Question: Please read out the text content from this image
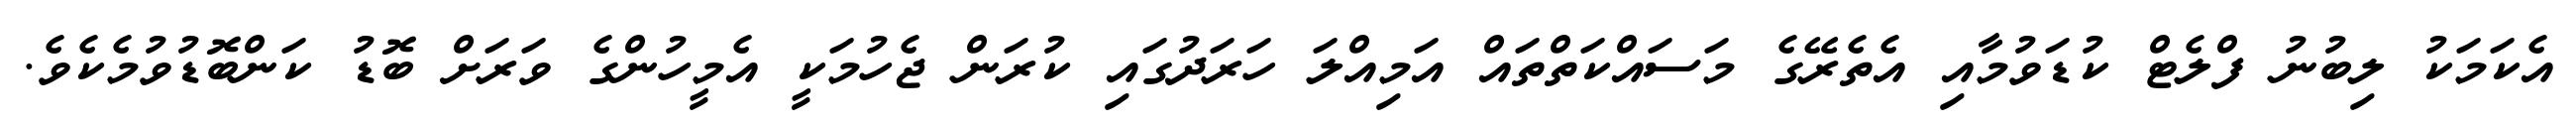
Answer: އެކަމަކު ލިބުނު ފްލެޓް ކުޑަވުމާއި އެތެރޭގެ މަސައްކަތްތައް އަމިއްލަ ހަރަދުގައި ކުރަން ޖެހުމަކީ އެމީހުންގެ ވަރަށް ބޮޑު ކަންބޮޑުވުމެކެވެ.